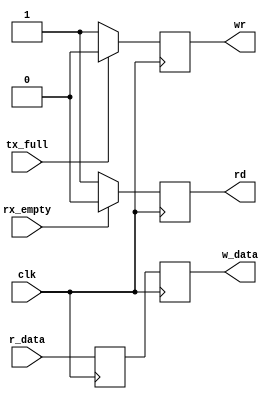
`timescale 1ns / 1ps
//////////////////////////////////////////////////////////////////////////////////
// Company: 
// Engineer: 
// 
// Design Name: 
// Module Name:    test 
// Project Name: 
// Target Devices: 
// Tool versions: 
// Description: 
//
// Dependencies: 
//
// Revision: 
// Revision 0.01 - File Created
// Additional Comments: 
//
//////////////////////////////////////////////////////////////////////////////////
`define D_BIT 7 //Por ser de 0 a 7 son 8 bits.

module test(input clk,
				input [`D_BIT:0] r_data,
				input rx_empty,
				input tx_full,
				output reg rd,
				output reg [`D_BIT:0] w_data,
				output reg wr
    );
	
	reg [`D_BIT:0] dato_leido;
	initial
		begin
			rd = 0;
			wr = 0;
		end
	
	//always @ (posedge clk, negedge tx_full)
	always @ (posedge clk)
	begin
		w_data = 8'b01110011;
		w_data = dato_leido;
		if (tx_full) wr = 0;
		else wr = 1;
	end
	
	//always @ (posedge clk, posedge rx_empty)
	always @ (posedge clk)
	begin
		if(rx_empty) rd = 0;
		else rd = 1;
		dato_leido = r_data;
	end
	
endmodule